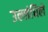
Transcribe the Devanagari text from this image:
उल्लंघिले